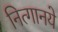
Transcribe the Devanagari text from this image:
नित्‍गानये